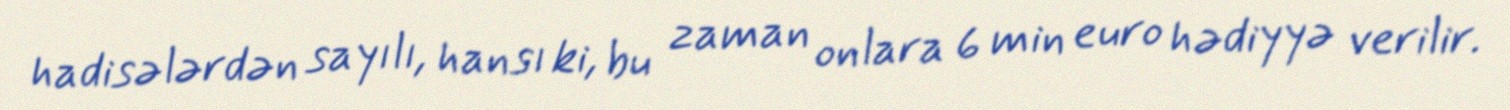
hadisələrdən sayılı, hansı ki, bu zaman onlara 6 min euro hədiyyə verilir.